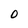
Character: 0